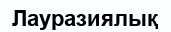
Лауразиялық